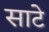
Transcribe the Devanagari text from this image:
साटे